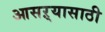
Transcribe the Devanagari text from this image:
आसऱ्यासाठी